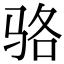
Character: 骆